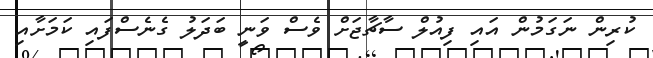
ކުރިން ނަގަމުން އައި ފިއުލް ސާޗާޖަށް ވެސް ވަނީ ބަދަލު ގެނެސްފައި ކަމަށާއި